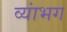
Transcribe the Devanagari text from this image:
व्यांभग